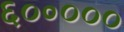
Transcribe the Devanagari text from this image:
६०॰०००